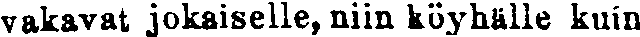
vakavat jokaiselle, niin köyhälle kuin